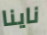
ناينا